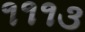
૧૧૧૩